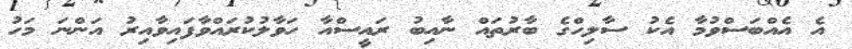
އެ އެއްބަސްވުމާ އެކު ސާލިހްގެ ބާރުތައް ނާއިބު ރައީސްއާ ހަވާލުކުރައްވާފައިވާއިރު އަންނަ މަހު